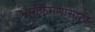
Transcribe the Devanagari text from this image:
मार्गक्रमणासाठी